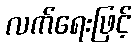
လက်ရေးဖြင့်